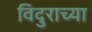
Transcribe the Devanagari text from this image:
विदुराच्या